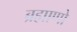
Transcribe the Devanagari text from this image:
ब्रह्माणो